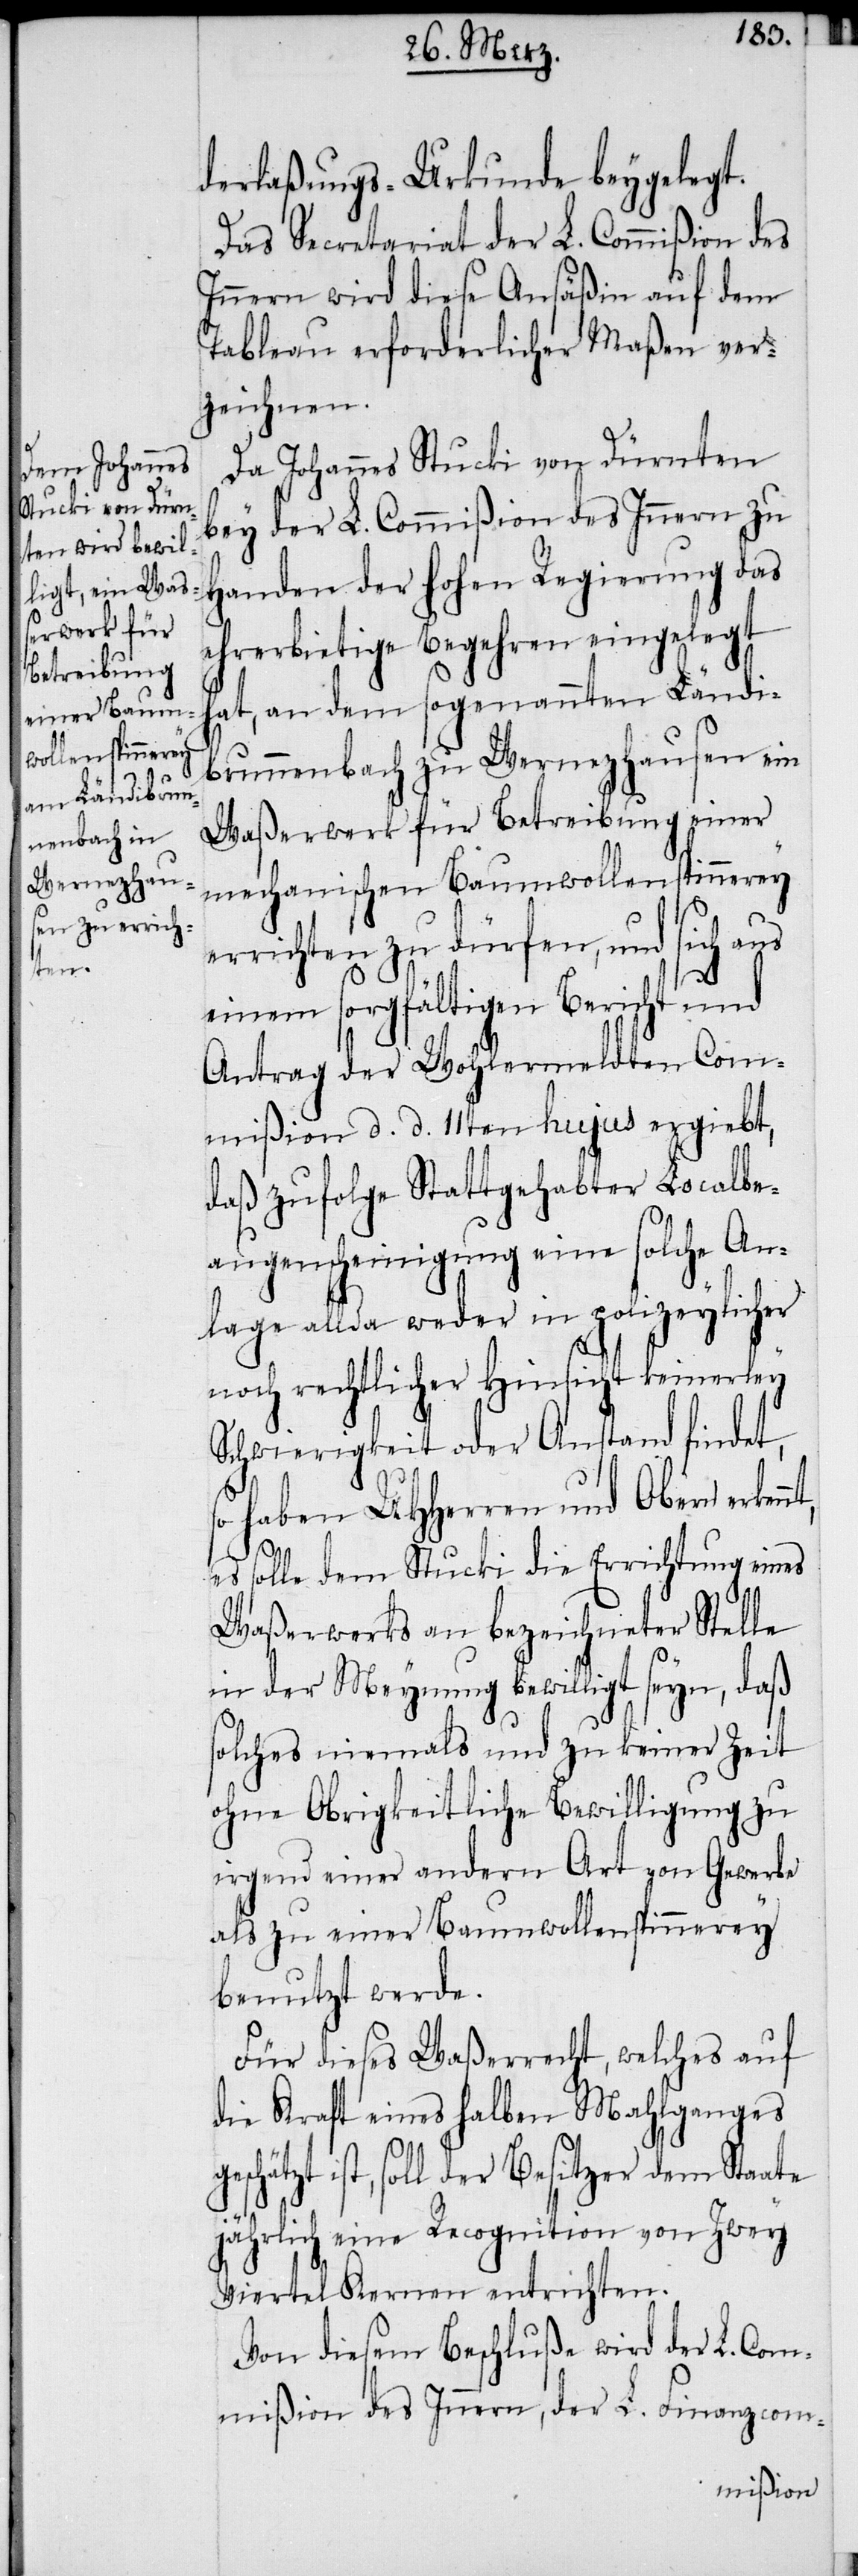
derlaßungs-Urkunde beygelegt.
Das Secretariat der L. Commißion des
Innern wird diese Ansäßin auf dem
Tableau erforderlicher Maßen ver¬
zeichnen.
Da Johannes Stucki von Dürnten
bey der L. Commißion des Innern zu
Handen der hohen Regierung das
ehrerbietige Begehren eingelegt
hat, an dem sogenannten Ländi¬
brunnenbach zu Wernezhausen ein
Waßerwerk für Betreibung einer
mechanischen Baumwollenspinnerey
errichten zu dürfen, und sich aus
einem sorgfältigen Bericht und
Antrag der Wohlermeldten Com¬
mißion d. d. 11ten hujus ergiebt,
daß zufolge Stattgehabter Localbe¬
augenscheinigung eine solche An¬
lage allda weder in polizeylicher
noch rechtlicher Hinsicht keinerley
Schwierigkeit oder Anstand findet,
so haben UHHerren und Obern
es solle dem Stucki die Errichtung eines
Waßerwerks an bezeichneter Stelle
in der Meynung bewilligt seyn, daß
solches niemals und zu keiner Zeit
ohne Obrigkeitliche Bewilligung zu
irgend einer andern Art von Gewerbe
als zu einer Baumwollenspinnerey
benutzt werde.
Für dieses Waßerrecht, welches auf
die Kraft eines halben Mahlganges
ist, soll der Besitzer dem Staate
jährlich eine Recognition von Zwey
Viertel Kernen entrichten.
Von diesem Beschluße wird der L. Com¬
mißion des Innern, der L. Finanzcom-